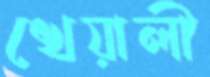
খেয়ালী